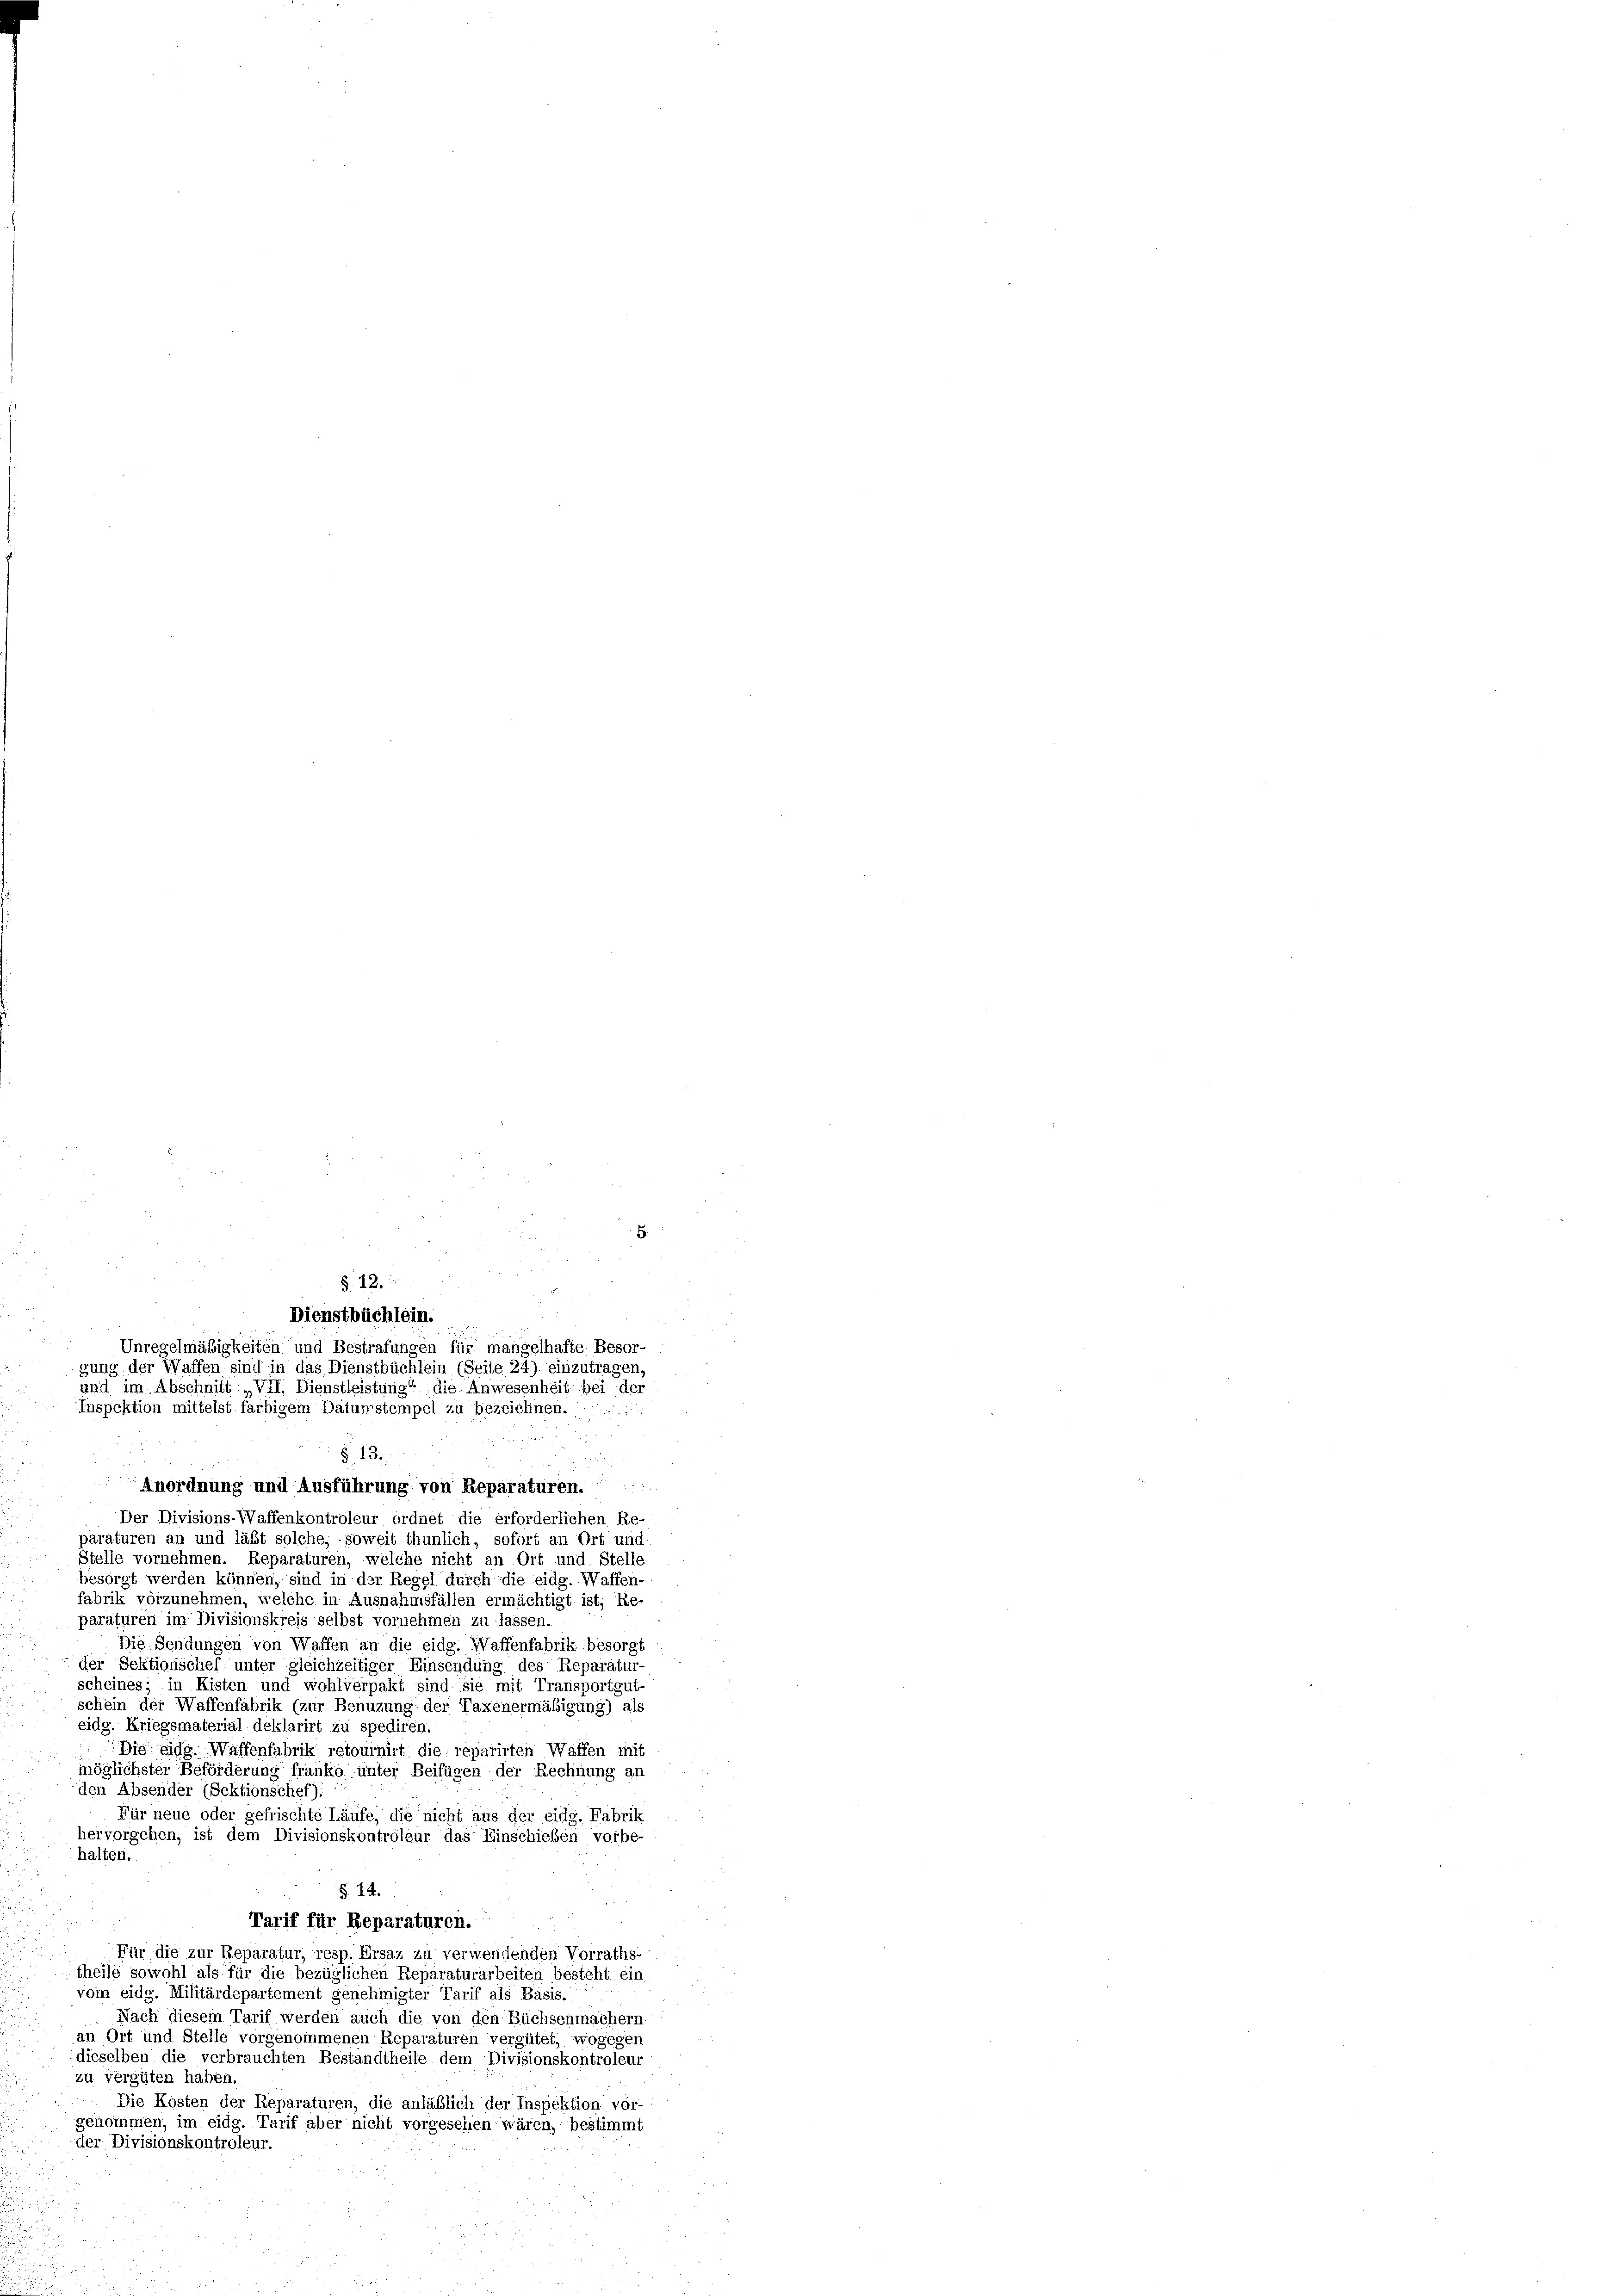
und im Abschnitt „VII. Dienstleistung“ die Anwesenheit bei der
 der
§. 13.
u
i
Anordnung und Ausführung von Reparaturen.
Der Divisions-Waffenkontroleur ordnet die erforderlichen Re-
paraturen an und läßt solche, soweit thunlich, sofort an Ort und
Stelle vornehmen. Reparaturen, welche nicht an Ort und Stelle
besorgt werden können, sind in der Regel durch die eidg. Waffen-
fabrik vorzunehmen, welche in Ausnahmsfällen ermächtigt ist, Re-
paraturen im Divisionskreis selbst vornehmen zu lassen.
Die Sendungen von Waffen an die eidg. Waffenfabrik besorgt
der Sektionschef unter gleichzeitiger Einsendung des Reparatur-
scheines; in Kisten und wohlverpakt sind sie mit Transportgut-
schein der Waffenfabrik (zur Benuzung der Taxenermäßigung) als
eidg. Kriegsmaterial deklarirt zu spediren.
Die eidg. Waffenfabrik retournirt die reparirten Waffen mit
möglichster Beförderung franko unter Beifügen der Rechnung an
den Absender (Sektionschef).
Für neue oder gefrischte Läufe, die nicht aus der eidg. Fabrik
hervorgehen, ist dem Divisionskontroleur das Einschieben vorbe-
halten.
§. 14.
Tarif für Reparaturen.
Für die zur Reparatur, resp. Ersaz zu verwendenden Vorraths-
theile sowohl als für die bezüglichen Reparaturarbeiten besteht ein
vom eidg. Militärdepartement genehmigter Tarif als Basis.
Nach diesem Tarif werden auch die von den Büchsenmachern
an Ort und Stelle vorgenommenen Reparaturen vergütet, wogegen
dieselben die verbrauchten Bestandtheile dem Divisionskontroleur
zu vergüten haben.
Die Kosten der Reparaturen, die anläßlich der Inspektion vor-
genommen, im eidg. Tarif aber nicht vorgesehen wären, bestimmt
der Divisionskontroleur.

Inspektion mittelst farbigem Daturstempel zu bezeichnen.

§. 12.
Dienstbüchlein.
Unregelmäßigkeiten und Bestrafungen für mangelhafte Besor-
gung der Waffen sind in das Dienstbüchlein (Seite 24) einzutragen.